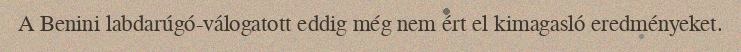
A Benini labdarúgó-válogatott eddig még nem ért el kimagasló eredményeket.